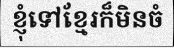
ខ្ញុំទៅខ្មែរក៏មិនចំ